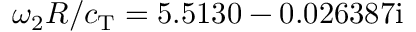
\omega _ { 2 } R / c _ { \mathrm { T } } = 5 . 5 1 3 0 - 0 . 0 2 6 3 8 7 \mathrm { i }